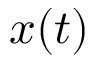
x ( t )